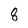
Character: 8